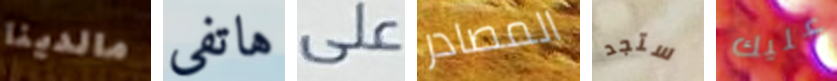
مالدينا هاتفى على المصادر ستجد عليك